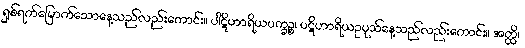
ရှစ်ရက်မြောက်သောနေ့သည်လည်းကောင်း။ ပါဋိဟာရိယပက္ခဉ္စ၊ ပဋိဟာရိယဥပုသ်နေ့သည်လည်းကောင်း။ အတ္ထိ၊